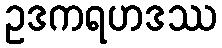
ဥဒကရဟဒဿ